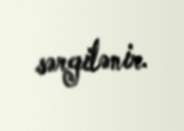
sərgilənir.